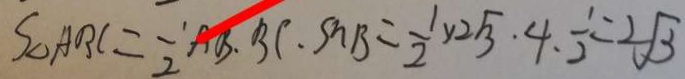
S _ { \Delta } A B C = \frac { 1 } { 2 } A B \cdot B C \cdot S _ { n } B = \frac { 1 } { 2 } \times 2 \sqrt { 3 } \cdot 4 \cdot \frac { 1 } { 2 } = 2 \sqrt { 3 }